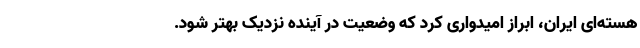
هسته‌ای ایران، ابراز امیدواری کرد که وضعیت در آینده نزدیک بهتر شود.